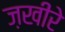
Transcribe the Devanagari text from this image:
ज़खीरे